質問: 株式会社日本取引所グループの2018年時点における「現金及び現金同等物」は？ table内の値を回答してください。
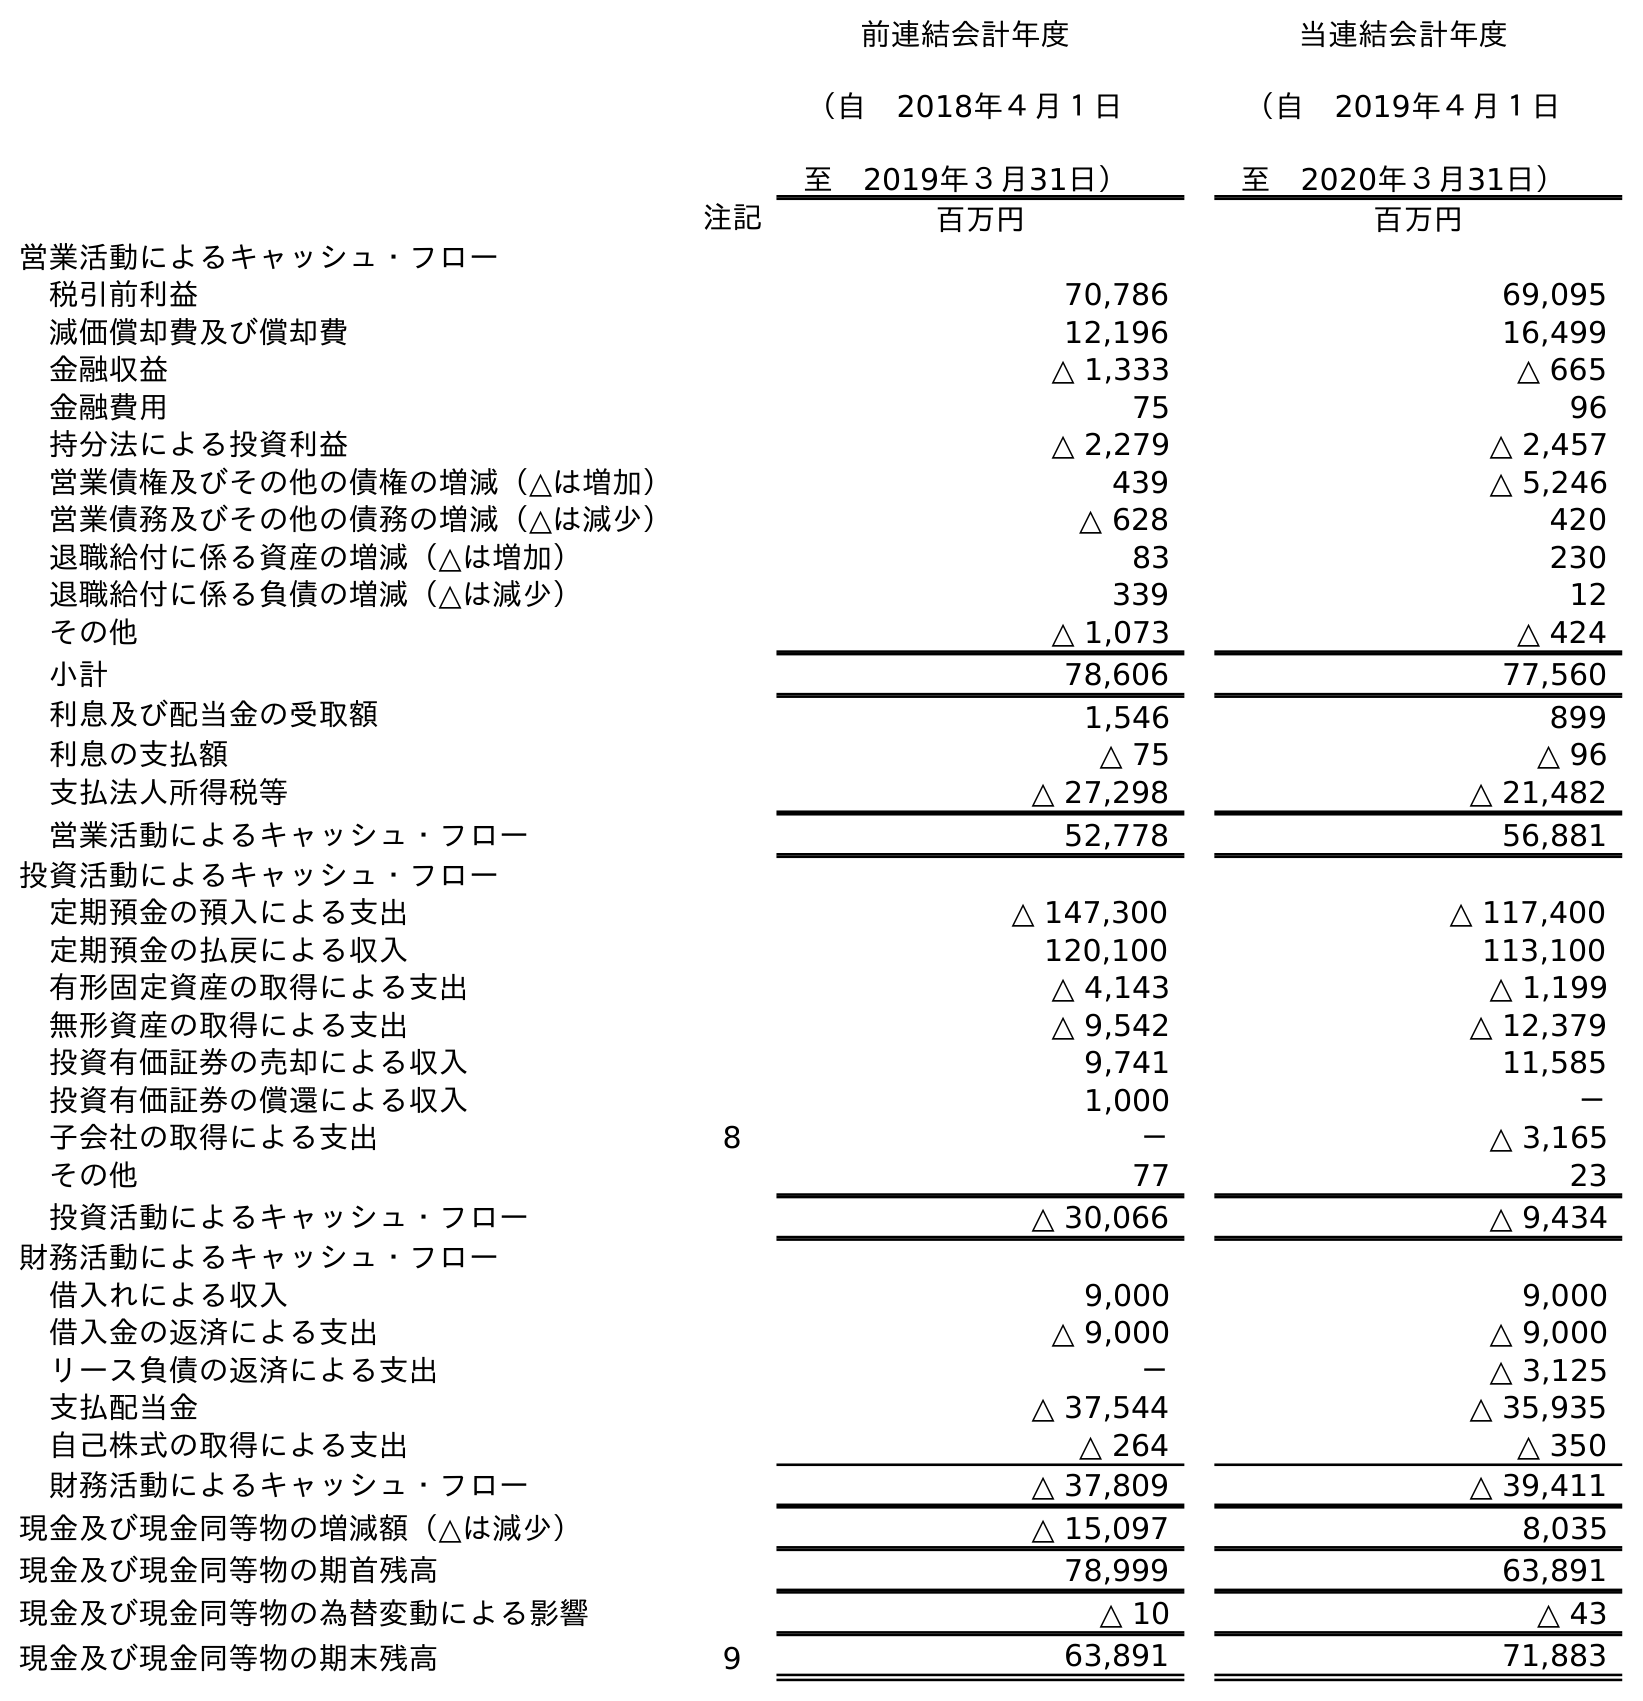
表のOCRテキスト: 前連結会計年度 （自 2018年４月１日 至 2019年３月31日） 当連結会計年度 （自 2019年４月１日 至 2020年３月31日） 注記 百万円 百万円 営業活動によるキャッシュ・フロー 税引前利益 70,786 69,095 減価償却費及び償却費 12,196 16,499 金融収益 △ 1,333 △ 665 金融費用 75 96 持分法による投資利益 △ 2,279 △ 2,457 営業債権及びその他の債権の増減（△は増加） 439 △ 5,246 営業債務及びその他の債務の増減（△は減少） △ 628 420 退職給付に係る資産の増減（△は増加） 83 230 退職給付に係る負債の増減（△は減少） 339 12 その他 △ 1,073 △ 424 小計 78,606 77,560 利息及び配当金の受取額 1,546 899 利息の支払額 △ 75 △ 96 支払法人所得税等 △ 27,298 △ 21,482 営業活動によるキャッシュ・フロー 52,778 56,881 投資活動によるキャッシュ・フロー 定期預金の預入による支出 △ 147,300 △ 117,400 定期預金の払戻による収入 120,100 113,100 有形固定資産の取得による支出 △ 4,143 △ 1,199 無形資産の取得による支出 △ 9,542 △ 12,379 投資有価証券の売却による収入 9,741 11,585 投資有価証券の償還による収入 1,000 － 子会社の取得による支出 8 － △ 3,165 その他 77 23 投資活動によるキャッシュ・フロー △ 30,066 △ 9,434 財務活動によるキャッシュ・フロー 借入れによる収入 9,000 9,000 借入金の返済による支出 △ 9,000 △ 9,000 リース負債の返済による支出 － △ 3,125 支払配当金 △ 37,544 △ 35,935 自己株式の取得による支出 △ 264 △ 350 財務活動によるキャッシュ・フロー △ 37,809 △ 39,411 現金及び現金同等物の増減額（△は減少） △ 15,097 8,035 現金及び現金同等物の期首残高 78,999 63,891 現金及び現金同等物の為替変動による影響 △ 10 △ 43 現金及び現金同等物の期末残高 9 63,891 71,883
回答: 78,999